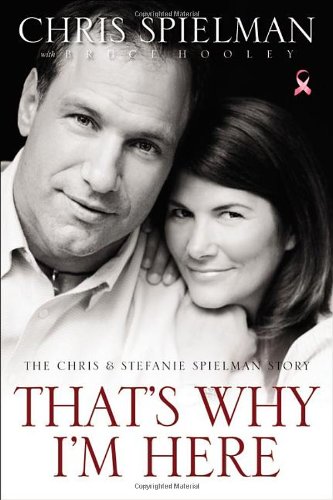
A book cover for That's Why I'm Here: The Chris and Stefanie Spielman Story; Chris Spielman; Biographies & Memoirs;